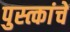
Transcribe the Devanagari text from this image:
पुस्त्कांचे